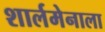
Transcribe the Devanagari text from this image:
शार्लमेनाला